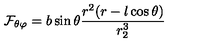
{ \cal F } _ { \theta \varphi } = b \sin \theta { \frac { r ^ { 2 } ( r - l \cos \theta ) } { r _ { 2 } ^ { 3 } } }